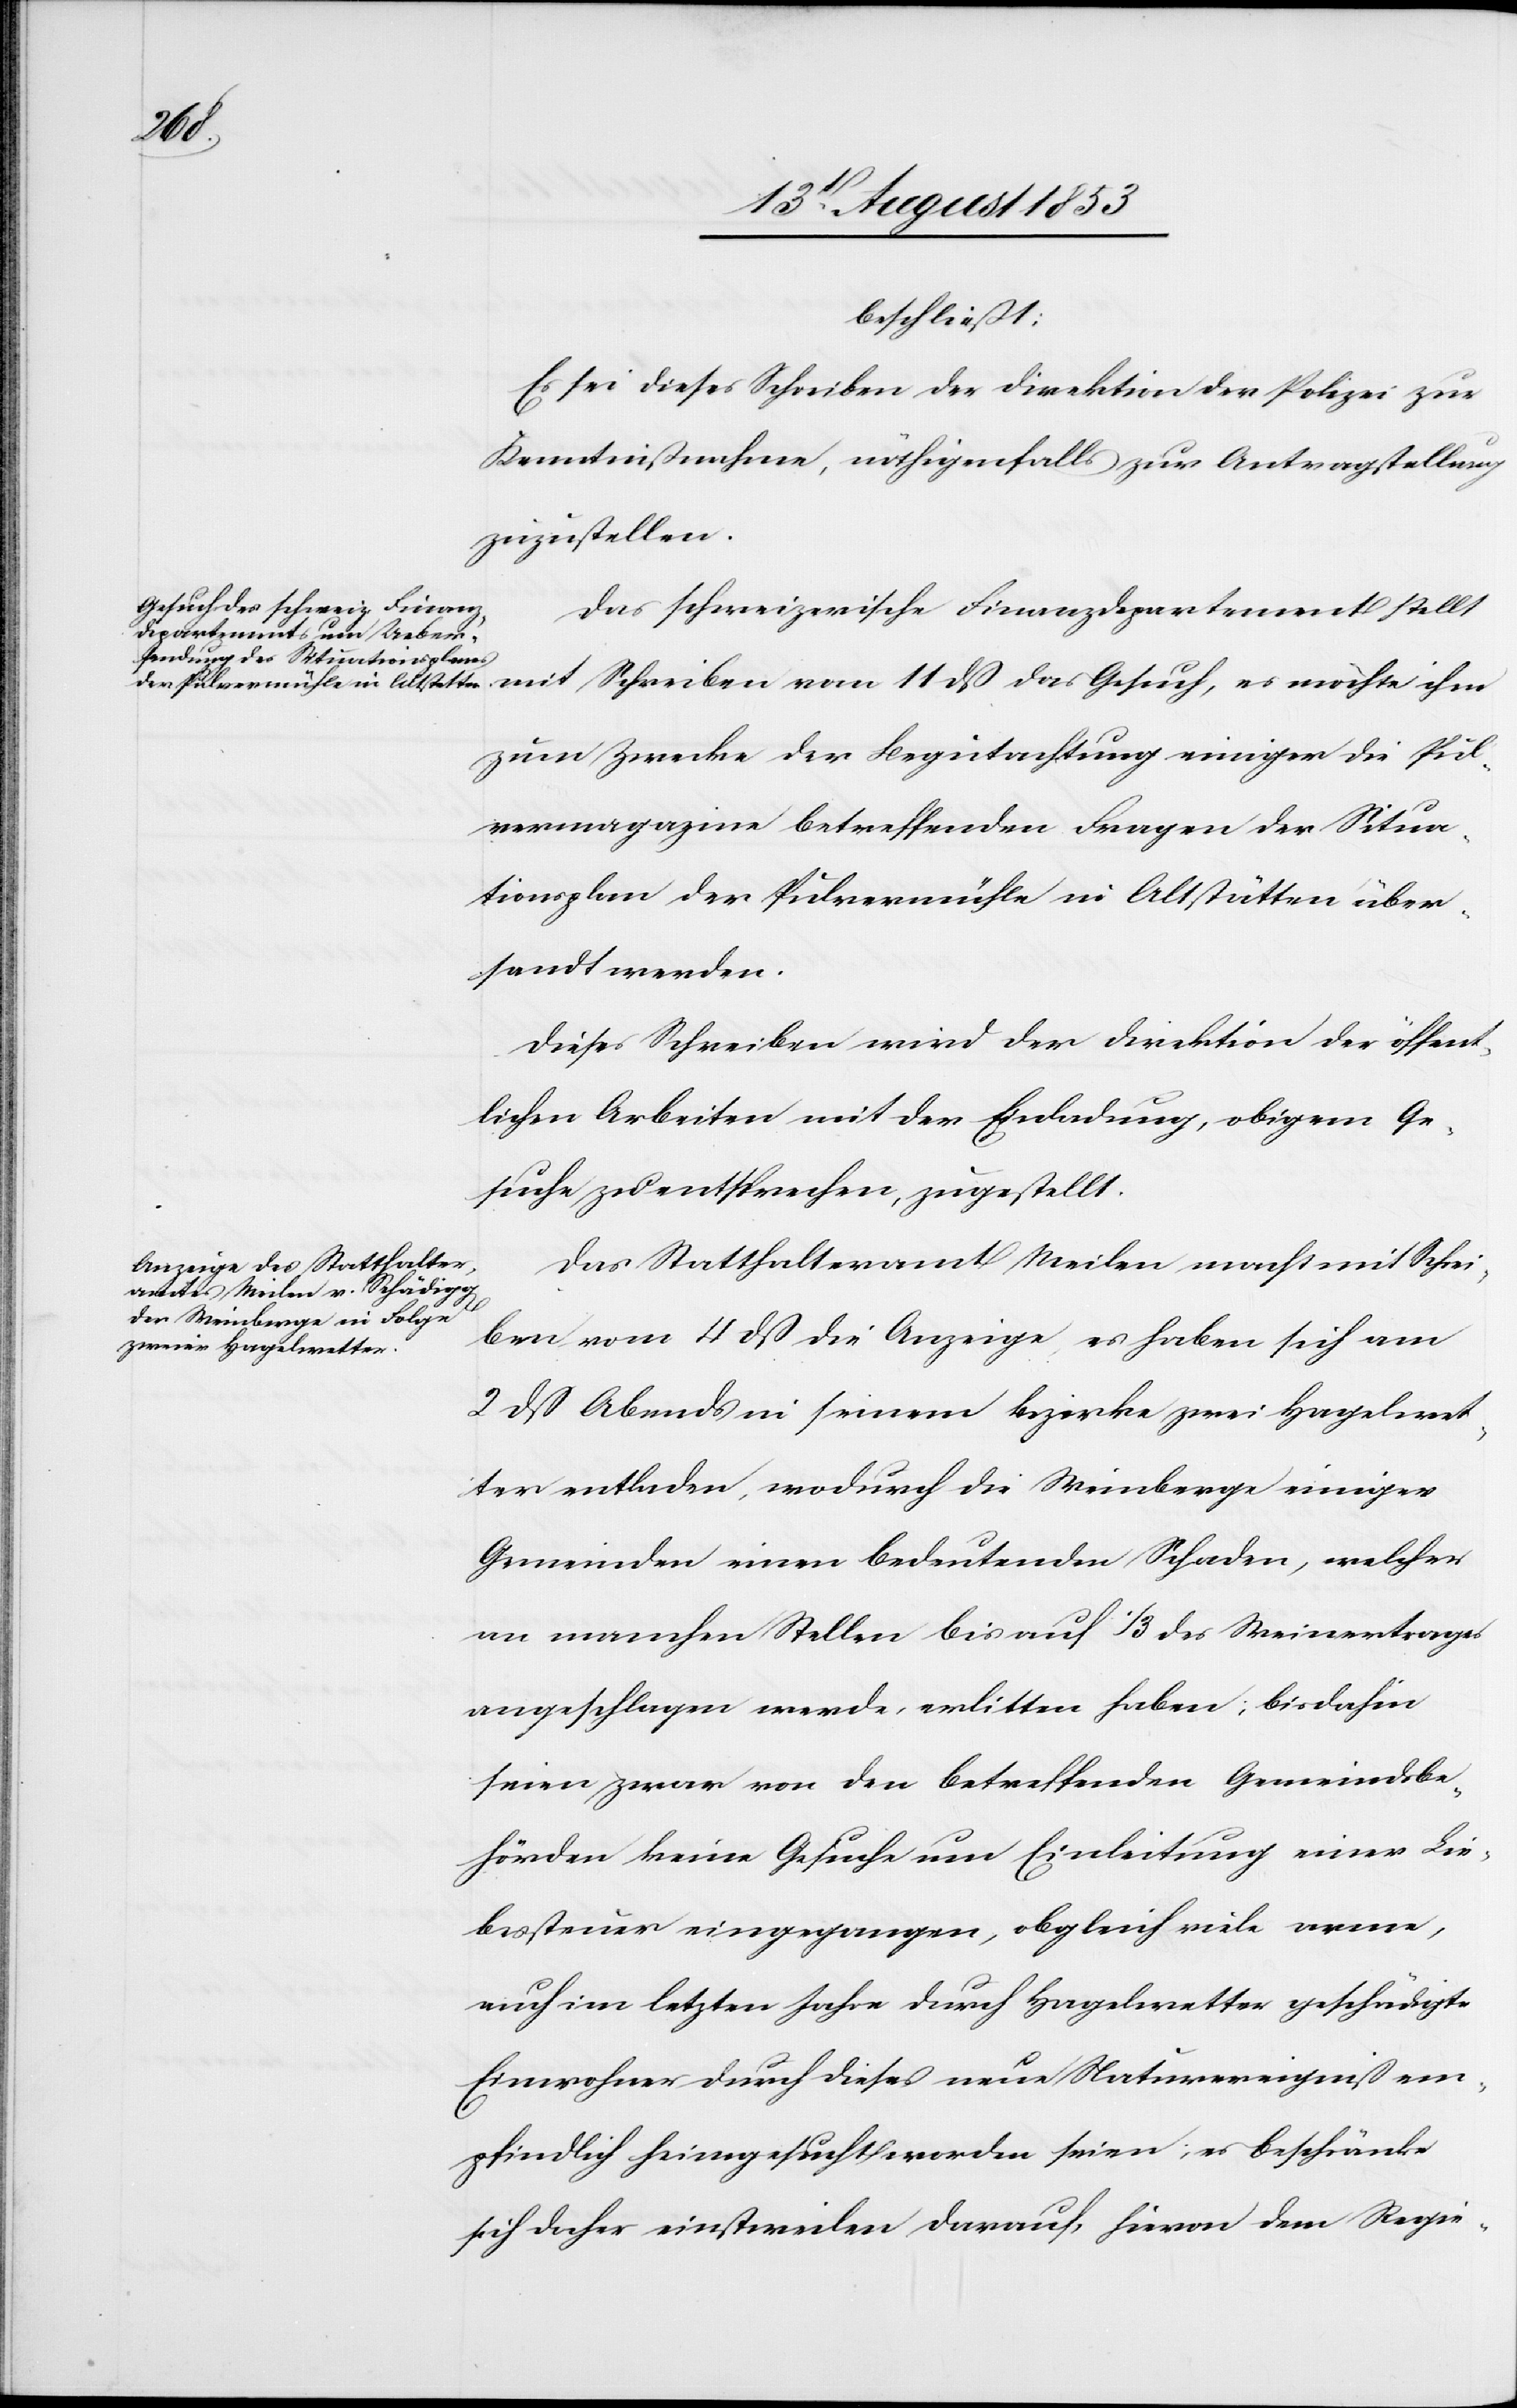
beschließt:
Es sei dieses Schreiben der Direktion der Polizei zur
Kenntnißnahme, nöthigenfalls zur Antragstellung
zuzustellen.
Das schweizerische Finanzdepartement stellt
mit Schreiben vom 11 dß das Gesuch, es möchte ihm
zum Zwecke der Begutachtung einiger die Pul¬
vermagazine betreffenden Fragen der Situa¬
tionsplan der Pulvermühle in Altstätten über¬
sendet werden.
Dieses Schreiben wird der Direktion der öffent¬
lichen Arbeiten mit der Einladung, obigem Ge¬
suche zu entsprechen, zugestellt.
Das Statthalteramt Meilen macht mit Schrei¬
ben vom 4 dß die Anzeige es haben sich am
2 dß Abends in seinem Bezirke zwei Hagelwet¬
ter entladen, wodurch die Weinberge einiger
Gemeinden einen bedeutenden Schaden, welcher
an manchen Stellen bis auf 1/3 des Weinertrages
angeschlagen werde, erlitten haben; bisdahin
seien zwar von den betreffenden Gemeindsbe¬
hörden keine Gesuche um Einleitung einer Lie¬
bessteuer eingegangen, obgleich viele arme,
auch im letzten Jahre durch Hagelwetter geschädigte
Einwohner durch dieses neue Naturereigniß em¬
pfindlich heimgesucht worden seien; er beschränke
sich daher einstweilen darauf, hievon dem Regie-